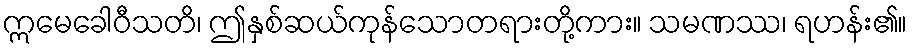
ဣမေခေါဝီသတိ၊ ဤနှစ်ဆယ်ကုန်သောတရားတို့ကား။ သမဏဿ၊ ရဟန်း၏။